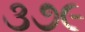
૩૭૯